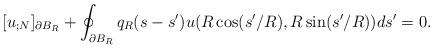
LaTeX: \begin{align*}[u_{;N}]_{\partial B_{R}}+ \oint_{\partial B_{R}}q_{R}(s-s') u(R \cos(s'/R), R \sin(s'/R))ds'=0.\end{align*}